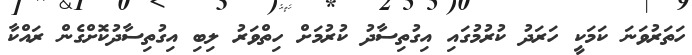
ހަތަރުވަނަ ކަމަކީ ހަރަދު ކުރުމުގައި އިގުތިސާދު ކުރުމަށް ހިތްވަރު ލިބި އިގުތިސާދުކޮށްގެން ރައްކާ